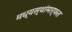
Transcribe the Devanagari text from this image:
मध्यस्थांमार्फत